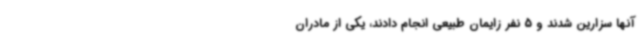
آنها سزارین شدند و 5 نفر زایمان طبیعی انجام دادند، یکی از مادران